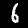
Digit: 6